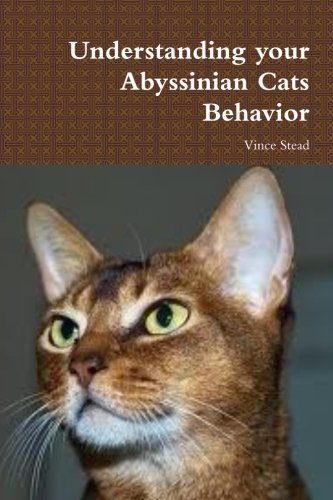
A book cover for Understanding your Abyssinian Cats Behavior; Vince Stead; Crafts, Hobbies & Home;